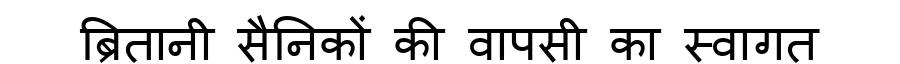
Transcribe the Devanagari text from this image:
ब्रितानी सैनिकों की वापसी का स्वागत